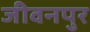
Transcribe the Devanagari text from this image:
जीवनपुर